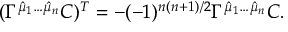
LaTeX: ( \Gamma ^ { \hat { \mu } _ { 1 } \dots \hat { \mu } _ { n } } C ) ^ { T } = - ( - 1 ) ^ { n ( n + 1 ) / 2 } \Gamma ^ { \hat { \mu } _ { 1 } \dots \hat { \mu } _ { n } } C .